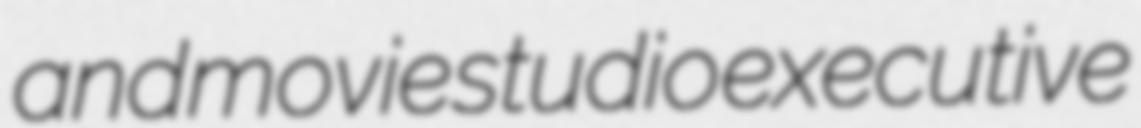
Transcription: and movie studio executive